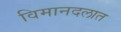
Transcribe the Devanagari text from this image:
विमानदलात